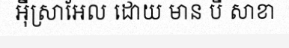
អ៊ីស្រាអែល ដោយ មាន បី សាខា